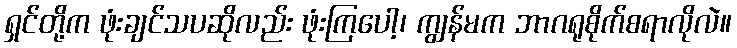
ရှင်တို့က ဖုံးချင်သပဆိုလည်း ဖုံးကြပေါ့၊ ကျွန်မက ဘာဂရုစိုက်စရာလိုလဲ။